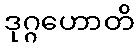
ဒုဂ္ဂဟောတိ